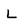
Character: L